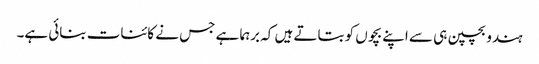
ہندو بچپن ہی سے اپنے بچوں کو بتاتے ہیں کہ برہما ہے جس نے کائنات بنائی ہے۔